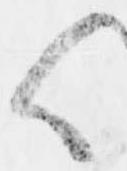
く